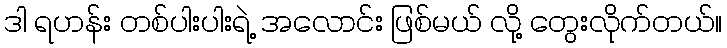
ဒါ ရဟန်း တစ်ပါးပါးရဲ့ အလောင်း ဖြစ်မယ် လို့ တွေးလိုက်တယ်။